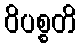
ဝိပစ္စတိ